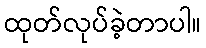
ထုတ်လုပ်ခဲ့တာပါ။